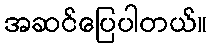
အဆင်ပြေပါတယ်။